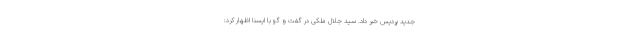
جدید پردیس خبر داد. سید جلال ملکی در گفت و گو با ایسنا اظهار کرد: